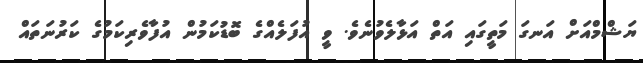
ޔަޝްމްއަށް އަނގަ މަތީގައި އަތް އަޅާލެވުނެވެ. ވީ އުފަލެއްގެ ބޮޑުކަމުން އުފާވެރިކަމުގެ ކަރުނަތައް